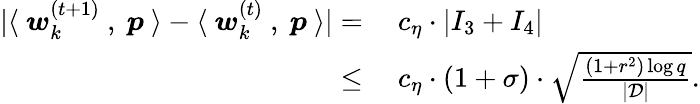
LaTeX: \begin{array}{rl}{|\langle~{\boldsymbol w}_{k}^{(t+1)}~,~{\boldsymbol p}~\rangle-\langle~{\boldsymbol w}_{k}^{(t)}~,~{\boldsymbol p}~\rangle|=}&{~c_{\eta}\cdot|I_{3}+I_{4}|}\\ {\le}&{~c_{\eta}\cdot(1+\sigma)\cdot\sqrt{\frac{(1+r^{2})\log q}{|\mathcal{D}|}}.}\end{array}